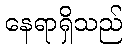
နေရာရှိသည်